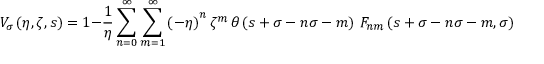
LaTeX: { \cal V } _ { \sigma } \left( \eta , \zeta , s \right) = 1 - \frac { 1 } { \eta } \sum _ { n = 0 } ^ { \infty } \sum _ { m = 1 } ^ { \infty } \left( - \eta \right) ^ { n } \zeta ^ { m } \, \theta \left( s + \sigma - n \sigma - m \right) \, F _ { n m } \left( s + \sigma - n \sigma - m , \sigma \right) \, ,